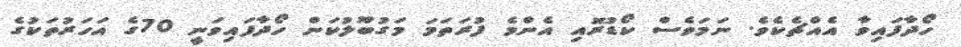
ހޯދާފައިވާ އެއްޗެކެވެ. ނަމަވެސް ކޯޑުރޮއި އެންމެ ފުރަތަމަ މަގުބޫލުކަން ހޯދާފައިވަނީ 70ގެ އަހަރުތަކުގެ